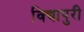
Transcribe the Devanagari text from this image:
विद्यापुरी